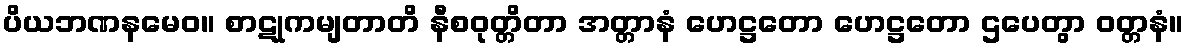
ပိယဘဏနမေဝ။ စာဋုကမျတာတိ နီစဝုတ္တိတာ အတ္တာနံ ဟေဋ္ဌတော ဟေဋ္ဌတော ဌပေတွာ ဝတ္တနံ။